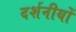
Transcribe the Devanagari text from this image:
दर्शनीयों